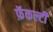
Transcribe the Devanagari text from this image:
फ़ॅकल्टी